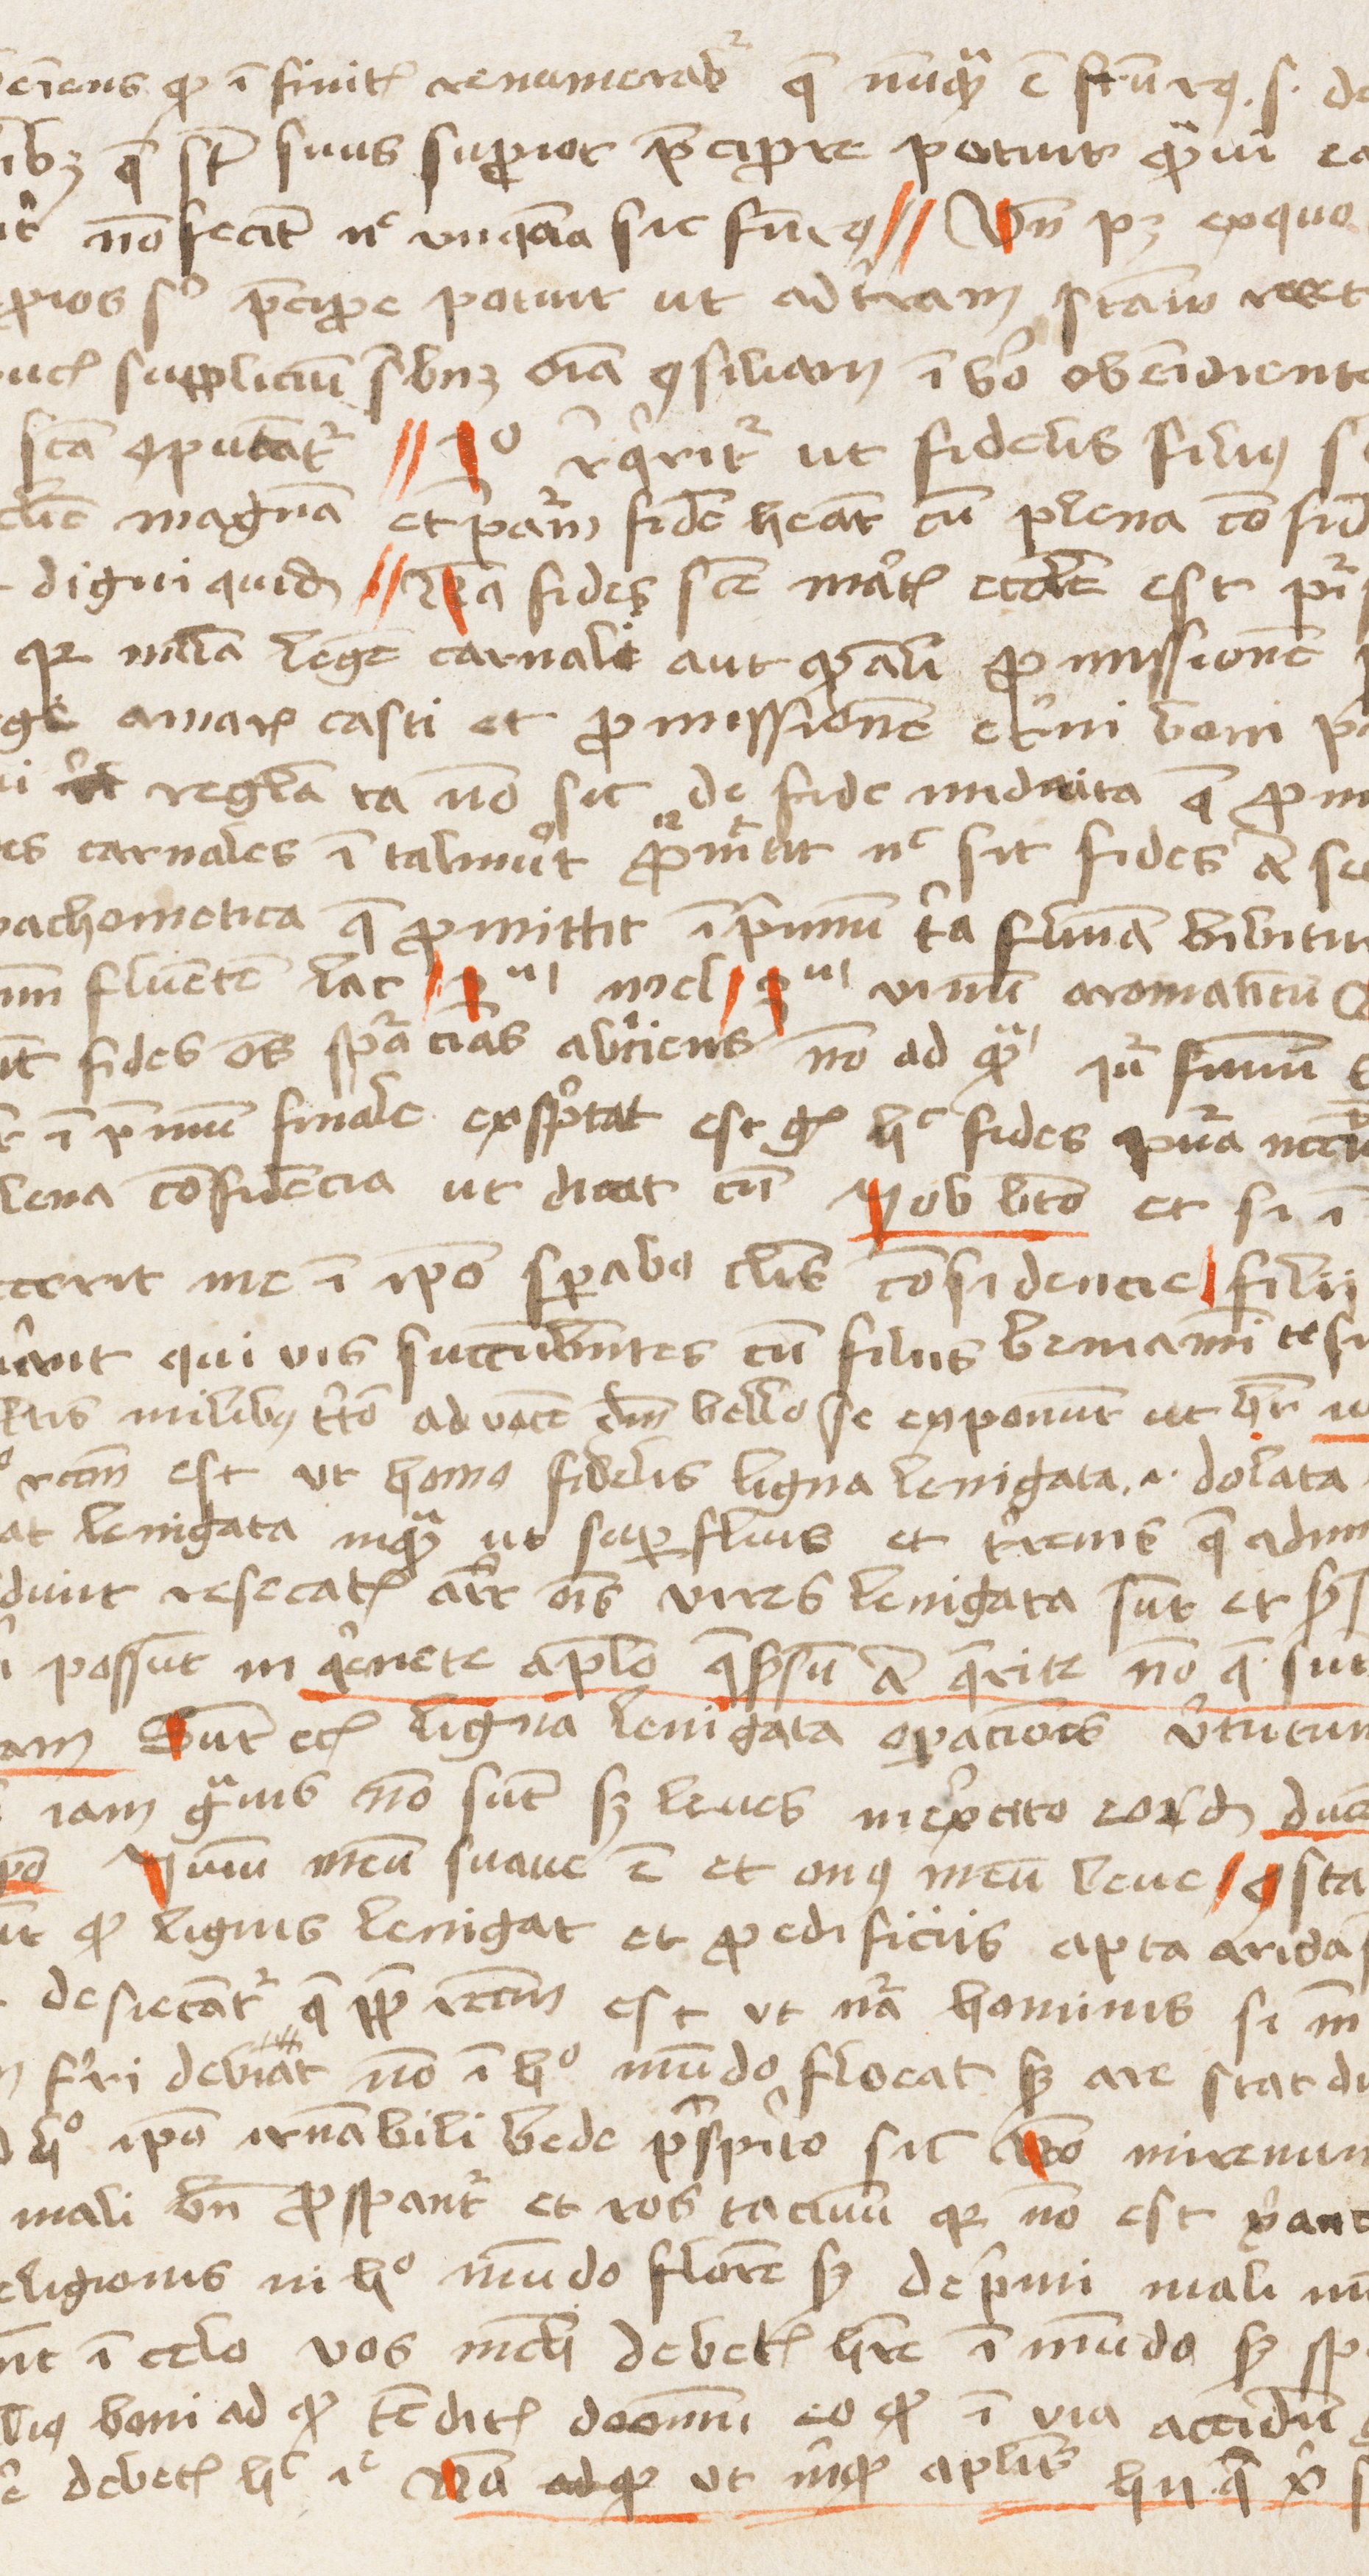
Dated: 1453–1454